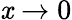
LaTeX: \mathit{x}\to0